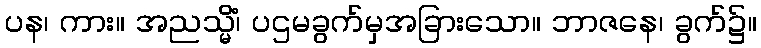
ပန၊ ကား။ အညသ္မိံ၊ ပဌမခွက်မှအခြားသော။ ဘာဇနေ၊ ခွက်၌။